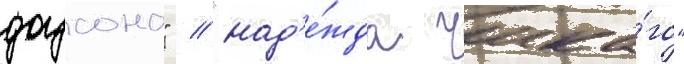
доусона" / "над'е́жда чика́го"